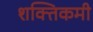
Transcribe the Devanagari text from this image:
शक्तिकमी